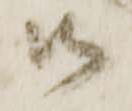
御